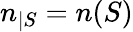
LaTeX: n_{|S}=n(S)